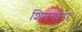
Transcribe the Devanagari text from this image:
शिनगोरा